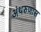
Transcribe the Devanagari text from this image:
अंथरुणास